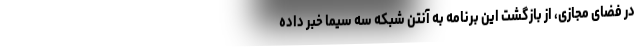
در فضای مجازی، از بازگشت این برنامه به آنتن شبکه سه سیما خبر داده